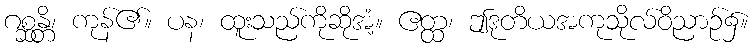
ဂစ္ဆန္တိ၊ ကုန်၏။ ပန၊ ထူးသည်ကိုဆိုအံ့။ ဧတ္ထ၊ ဤဒုတိယအကုသိုလ်ဝိညာဉ်၌။